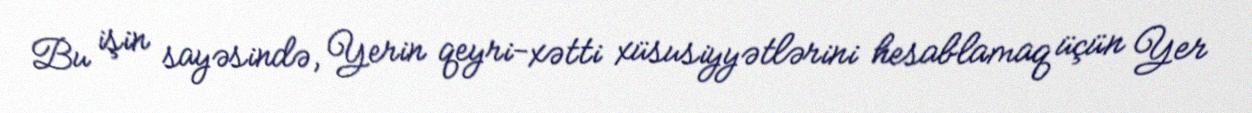
Bu işin sayəsində, Yerin qeyri-xətti xüsusiyyətlərini hesablamaq üçün Yer